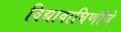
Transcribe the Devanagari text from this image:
विद्यावाघिणीचे